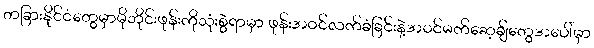
တခြားနိုင်ငံတွေမှာမိုဘိုင်းဖုန်းကိုသုံးစွဲရာမှာ ဖုန်းအဝင်လက်ခံခြင်းနဲ့အဝင်မက်ဆေ့ချ်တွေအပေါ်မှာ